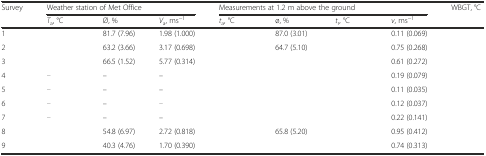
<table><thead><tr><td rowspan="2"><b>Survey</b></td><td colspan="3"><b>Weather station of Met Office</b></td><td colspan="4"><b>Measurements at 1.2 m above the ground</b></td><td rowspan="2"><b>WBGT, °C</b></td></tr><tr><td><b><i>T</i><sub>a</sub>, °C</b></td><td><b>Ø, %</b></td><td><b><i>V</i><sub>a</sub>, ms<sup>−1</sup></b></td><td><b><i>t</i><sub>a</sub>, °C</b></td><td><b>ø, %</b></td><td><b><i>t</i><sub>r</sub>, °C</b></td><td><b><i>v</i>, ms<sup>−1</sup></b></td></tr></thead><tbody><tr><td>1</td><td>[EMPTY_CELL]</td><td>81.7 (7.96)</td><td>1.98 (1.000)</td><td>[EMPTY_CELL]</td><td>87.0 (3.01)</td><td>[EMPTY_CELL]</td><td>0.11 (0.069)</td><td>[EMPTY_CELL]</td></tr><tr><td>2</td><td>[EMPTY_CELL]</td><td>63.2 (3.66)</td><td>3.17 (0.698)</td><td>[EMPTY_CELL]</td><td>64.7 (5.10)</td><td>[EMPTY_CELL]</td><td>0.75 (0.268)</td><td>[EMPTY_CELL]</td></tr><tr><td>3</td><td>[EMPTY_CELL]</td><td>66.5 (1.52)</td><td>5.77 (0.314)</td><td>[EMPTY_CELL]</td><td>[EMPTY_CELL]</td><td>[EMPTY_CELL]</td><td>0.61 (0.272)</td><td>[EMPTY_CELL]</td></tr><tr><td>4</td><td>[EMPTY_CELL]</td><td>–</td><td>–</td><td>[EMPTY_CELL]</td><td>[EMPTY_CELL]</td><td>[EMPTY_CELL]</td><td>0.19 (0.079)</td><td>[EMPTY_CELL]</td></tr><tr><td>5</td><td>[EMPTY_CELL]</td><td>–</td><td>–</td><td>[EMPTY_CELL]</td><td>[EMPTY_CELL]</td><td>[EMPTY_CELL]</td><td>0.11 (0.035)</td><td>[EMPTY_CELL]</td></tr><tr><td>6</td><td>[EMPTY_CELL]</td><td>–</td><td>[EMPTY_CELL]</td><td>[EMPTY_CELL]</td><td>[EMPTY_CELL]</td><td>[EMPTY_CELL]</td><td>0.12 (0.037)</td><td>[EMPTY_CELL]</td></tr><tr><td>7</td><td>[EMPTY_CELL]</td><td>–</td><td>–</td><td>[EMPTY_CELL]</td><td>[EMPTY_CELL]</td><td>[EMPTY_CELL]</td><td>0.22 (0.141)</td><td>[EMPTY_CELL]</td></tr><tr><td>8</td><td>[EMPTY_CELL]</td><td>54.8 (6.97)</td><td>2.72 (0.818)</td><td>[EMPTY_CELL]</td><td>65.8 (5.20)</td><td>[EMPTY_CELL]</td><td>0.95 (0.412)</td><td>[EMPTY_CELL]</td></tr><tr><td>9</td><td>[EMPTY_CELL]</td><td>40.3 (4.76)</td><td>1.70 (0.390)</td><td>[EMPTY_CELL]</td><td>[EMPTY_CELL]</td><td>[EMPTY_CELL]</td><td>0.74 (0.313)</td><td>[EMPTY_CELL]</td></tr></tbody></table>